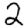
Digit: 2